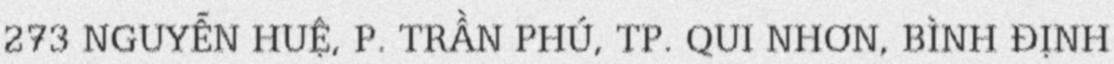
273 NGUYỄN HUỆ, P. TRẦN PHÚ, TP. QUI NHƠN, BÌNH ĐỊNH